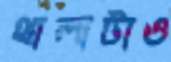
থালাটাও